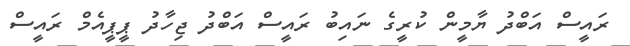
ރައީސް އަބްދު ޔާމީން ކުރީގެ ނައިބު ރައީސް އަބްދު ޖިހާދު ޕީޕީއެމް ރައީސް